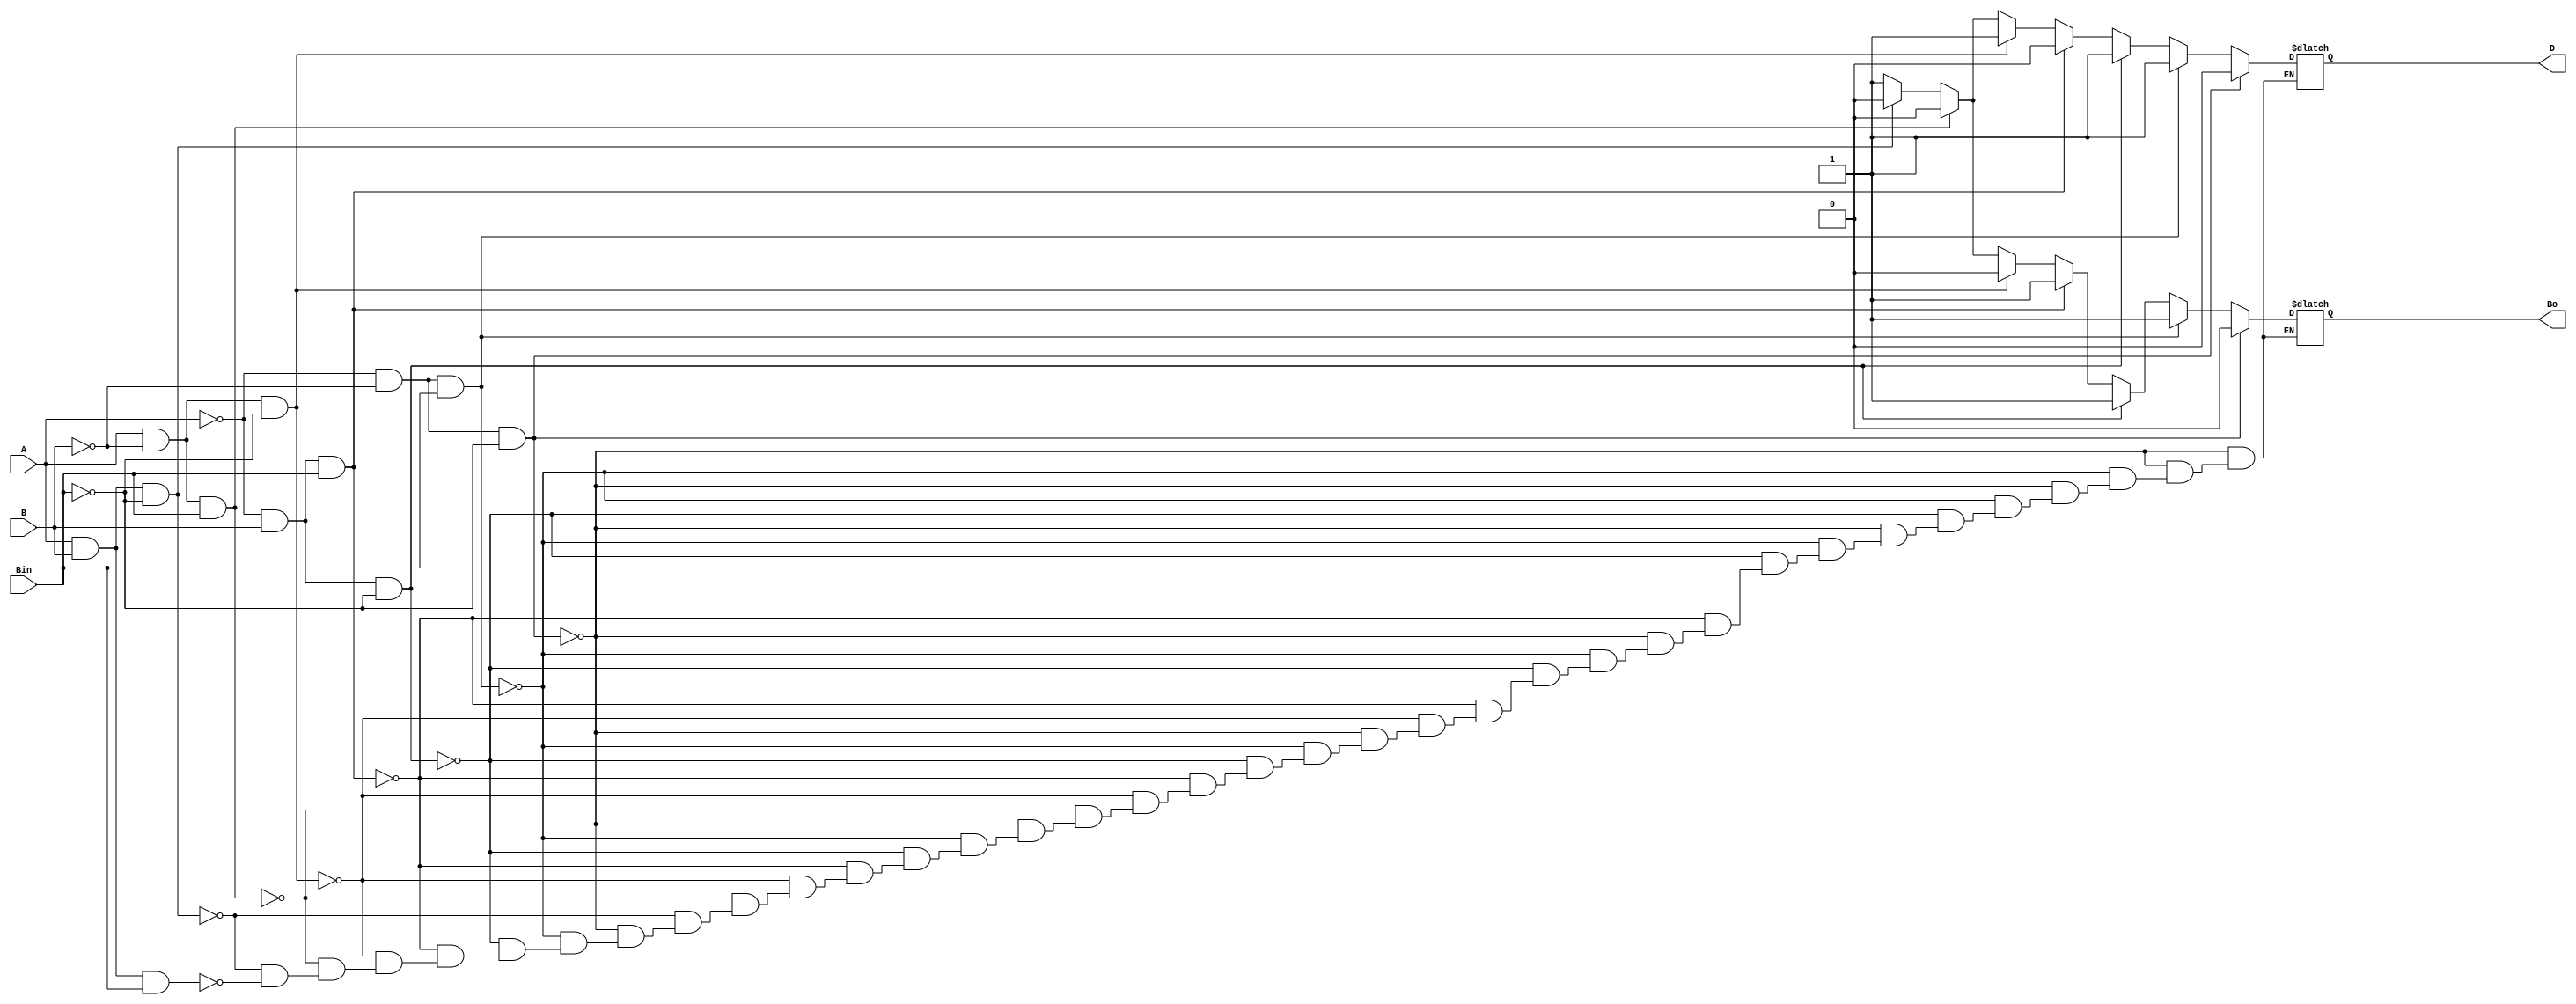
module full_subtractor(A,B,Bin,D,Bo);
  input  A,B,Bin;
  output reg D,Bo;

  always@(*)begin

	if (A == 1'b0 && B == 1'b0 && Bin == 1'b0)begin
	D = 1'b0; Bo = 1'b0;
	end

	else if (A == 1'b0 && B == 1'b0 && Bin == 1'b1)begin
	D = 1'b1; Bo = 1'b1;
	end

	else if (A == 1'b0 && B == 1'b1 && Bin == 1'b0)begin
	D = 1'b1; Bo = 1'b1;
	end

	else if (A == 1'b0 && B == 1'b1 && Bin == 1'b1)begin
	D = 1'b0; Bo = 1'b1;
	end

	else if (A == 1'b1 && B == 1'b0 && Bin == 1'b0)begin
	D = 1'b1; Bo = 1'b0;
	end

	else if (A == 1'b1 && B == 1'b0 && Bin == 1'b1)begin
	D = 1'b0; Bo = 1'b0;
	end

	else if (A == 1'b1 && B == 1'b1 && Bin == 1'b0)begin
	D = 1'b0; Bo = 1'b0;
    end

	else if (A == 1'b1 && B == 1'b1 && Bin == 1'b1)begin
	D = 1'b1; Bo = 1'b1;
	end

	else begin
	$display("INVALID");
	end

  end
endmodule